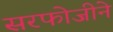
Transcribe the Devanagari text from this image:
सरफोजीने